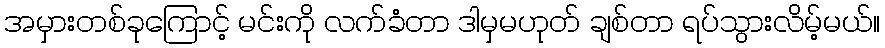
အမှားတစ်ခုကြောင့် မင်းကို လက်ခံတာ ဒါမှမဟုတ် ချစ်တာ ရပ်သွားလိမ့်မယ်။